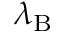
\lambda _ { \mathrm { { B } } }